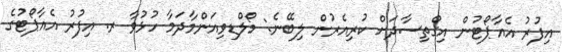
އިފުރު އެއާޕޯޓުން އިގްތިސާދަށް ކުރިއެރުން ލިބޭނެ: މޯލްޑިވިއަންމާދަމާ ހުޅުވާ ރ. އިފުރު އެއާޕޯޓުގެ